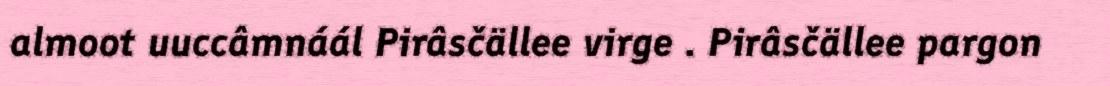
almoot uuccâmnáál Pirâsčällee virge . Pirâsčällee pargon